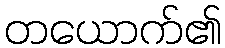
တယောက်၏